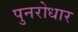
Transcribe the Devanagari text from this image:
पुनरोधार